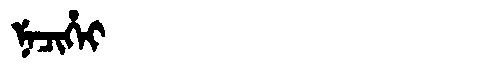
Manchu: ᠨᡝᠴᡳᡥᡝᡳ
Romanization: NECIHEI